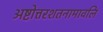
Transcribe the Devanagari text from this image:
अष्टोत्तरशतनामावलि